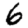
Digit: 6